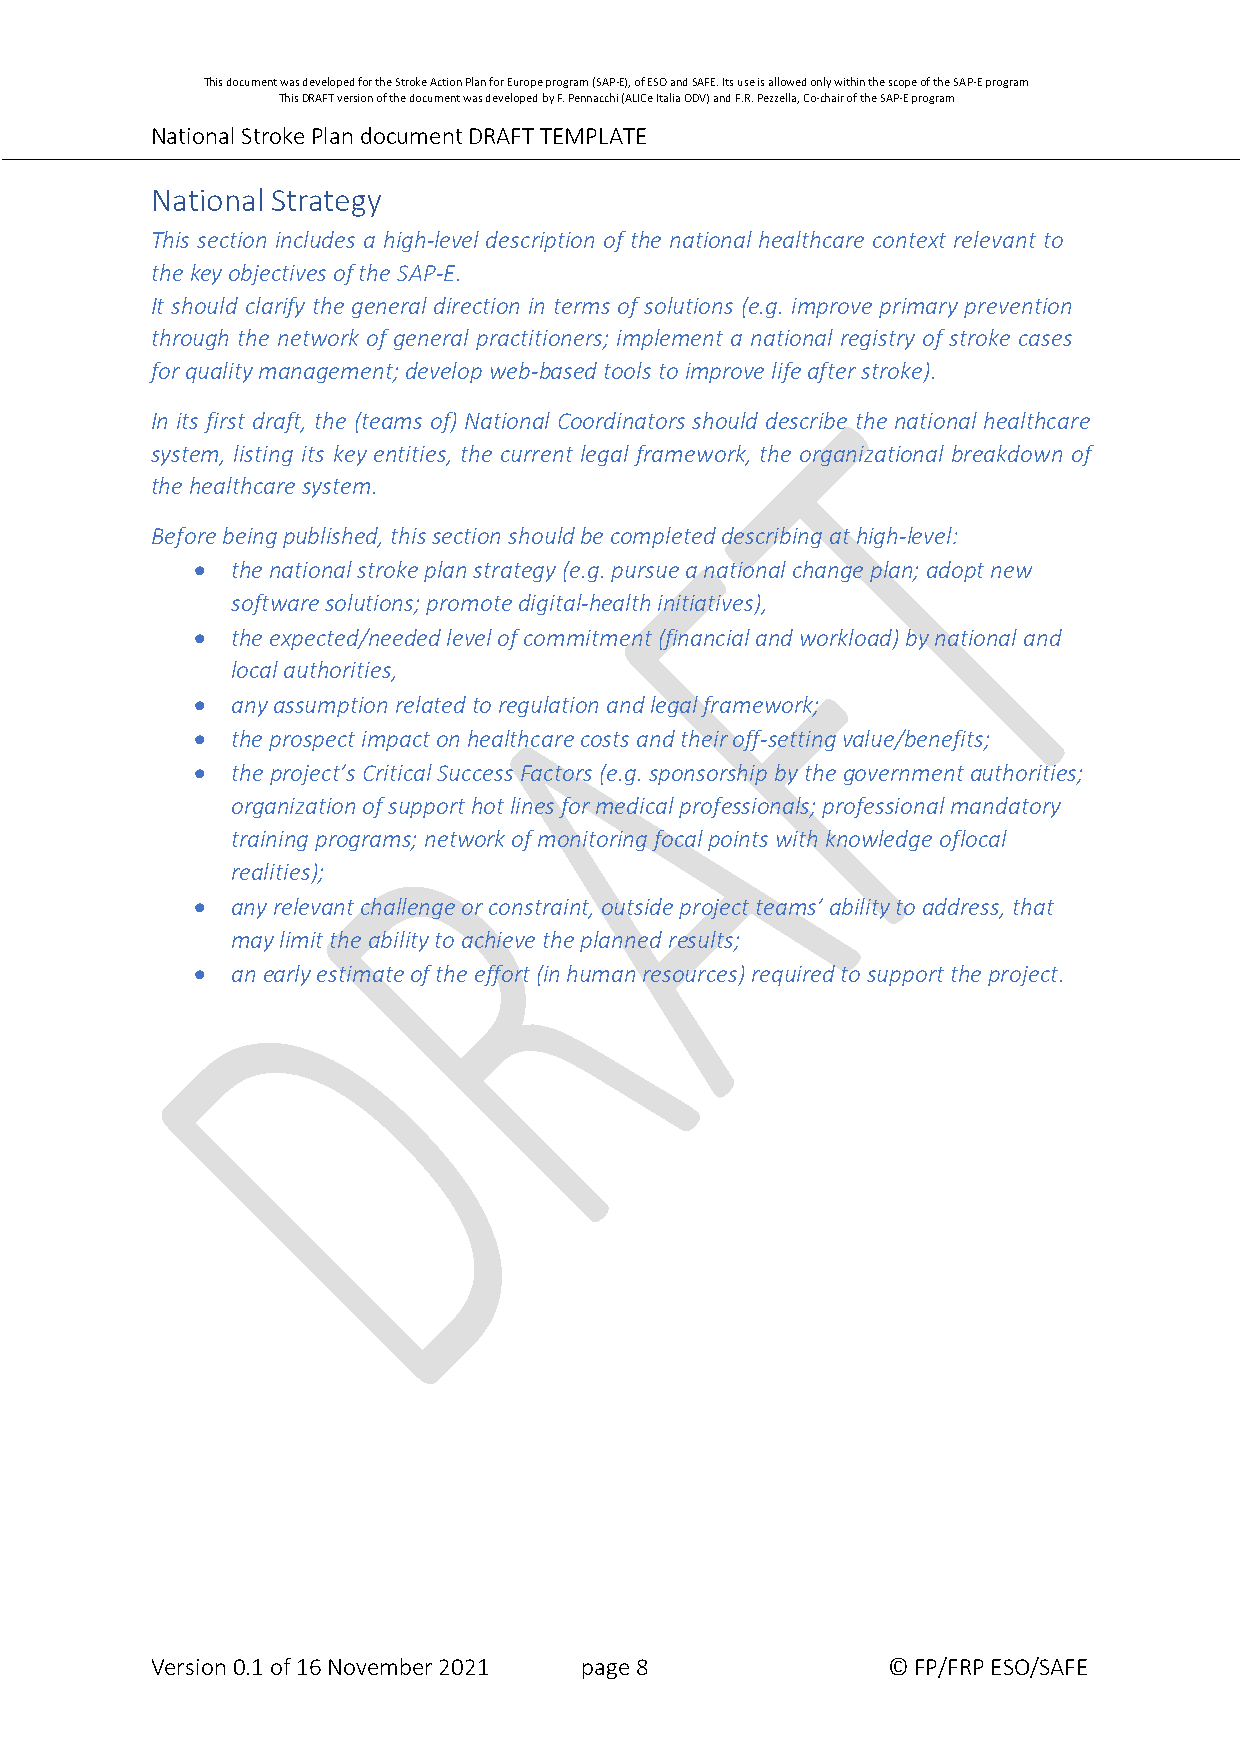
This document was developed for the Stroke Action Plan for Europe program (SAP-E), of ESO and SAFE. Its use is allowed only within the scope of the SAP-E program
 This DRAFT version of the document was developed by F. Pennacchi (ALICe Italia ODV) and F.R. Pezzella, Co-chair of the SAP-E program
 National Stroke Plan document DRAFT TEMPLATE
 National Strategy
 This section includes a high-level description of the national healthcare context relevant to
 the key objectives of the SAP-E.
 It should clarify the general direction in terms of solutions (e.g. improve primary prevention
 through the network of general practitioners; implement a national registry of stroke cases
 for quality management; develop web-based tools to improve life after stroke).
 In its first draft, the (teams of) National Coordinators should describe the national healthcare
 system, listing its key entities, the current legal framework, the organizational breakdown of
 the healthcare system.
 Before being published, this section should be completed describing at high-level:
  the national stroke plan strategy (e.g. pursue a national change plan; adopt new
 software solutions; promote digital-health initiatives),
  the expected/needed level of commitment (financial and workload) by national and
 local authorities,
  any assumption related to regulation and legal framework;
  the prospect impact on healthcare costs and their off-setting value/benefits;
  the project’s Critical Success Factors (e.g. sponsorship by the government authorities;
 organization of support hot lines for medical professionals; professional mandatory
 training programs; network of monitoring focal points with knowledge of local
 realities);
  any relevant challenge or constraint, outside project teams’ ability to address, that
 may limit the ability to achieve the planned results;
  an early estimate of the effort (in human resources) required to support the project.
 Version 0.1 of 16 November 2021 page 8           © FP/FRP ESO/SAFE